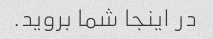
در اینجا شما بروید.